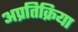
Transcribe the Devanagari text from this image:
अप्रतिक्रिया